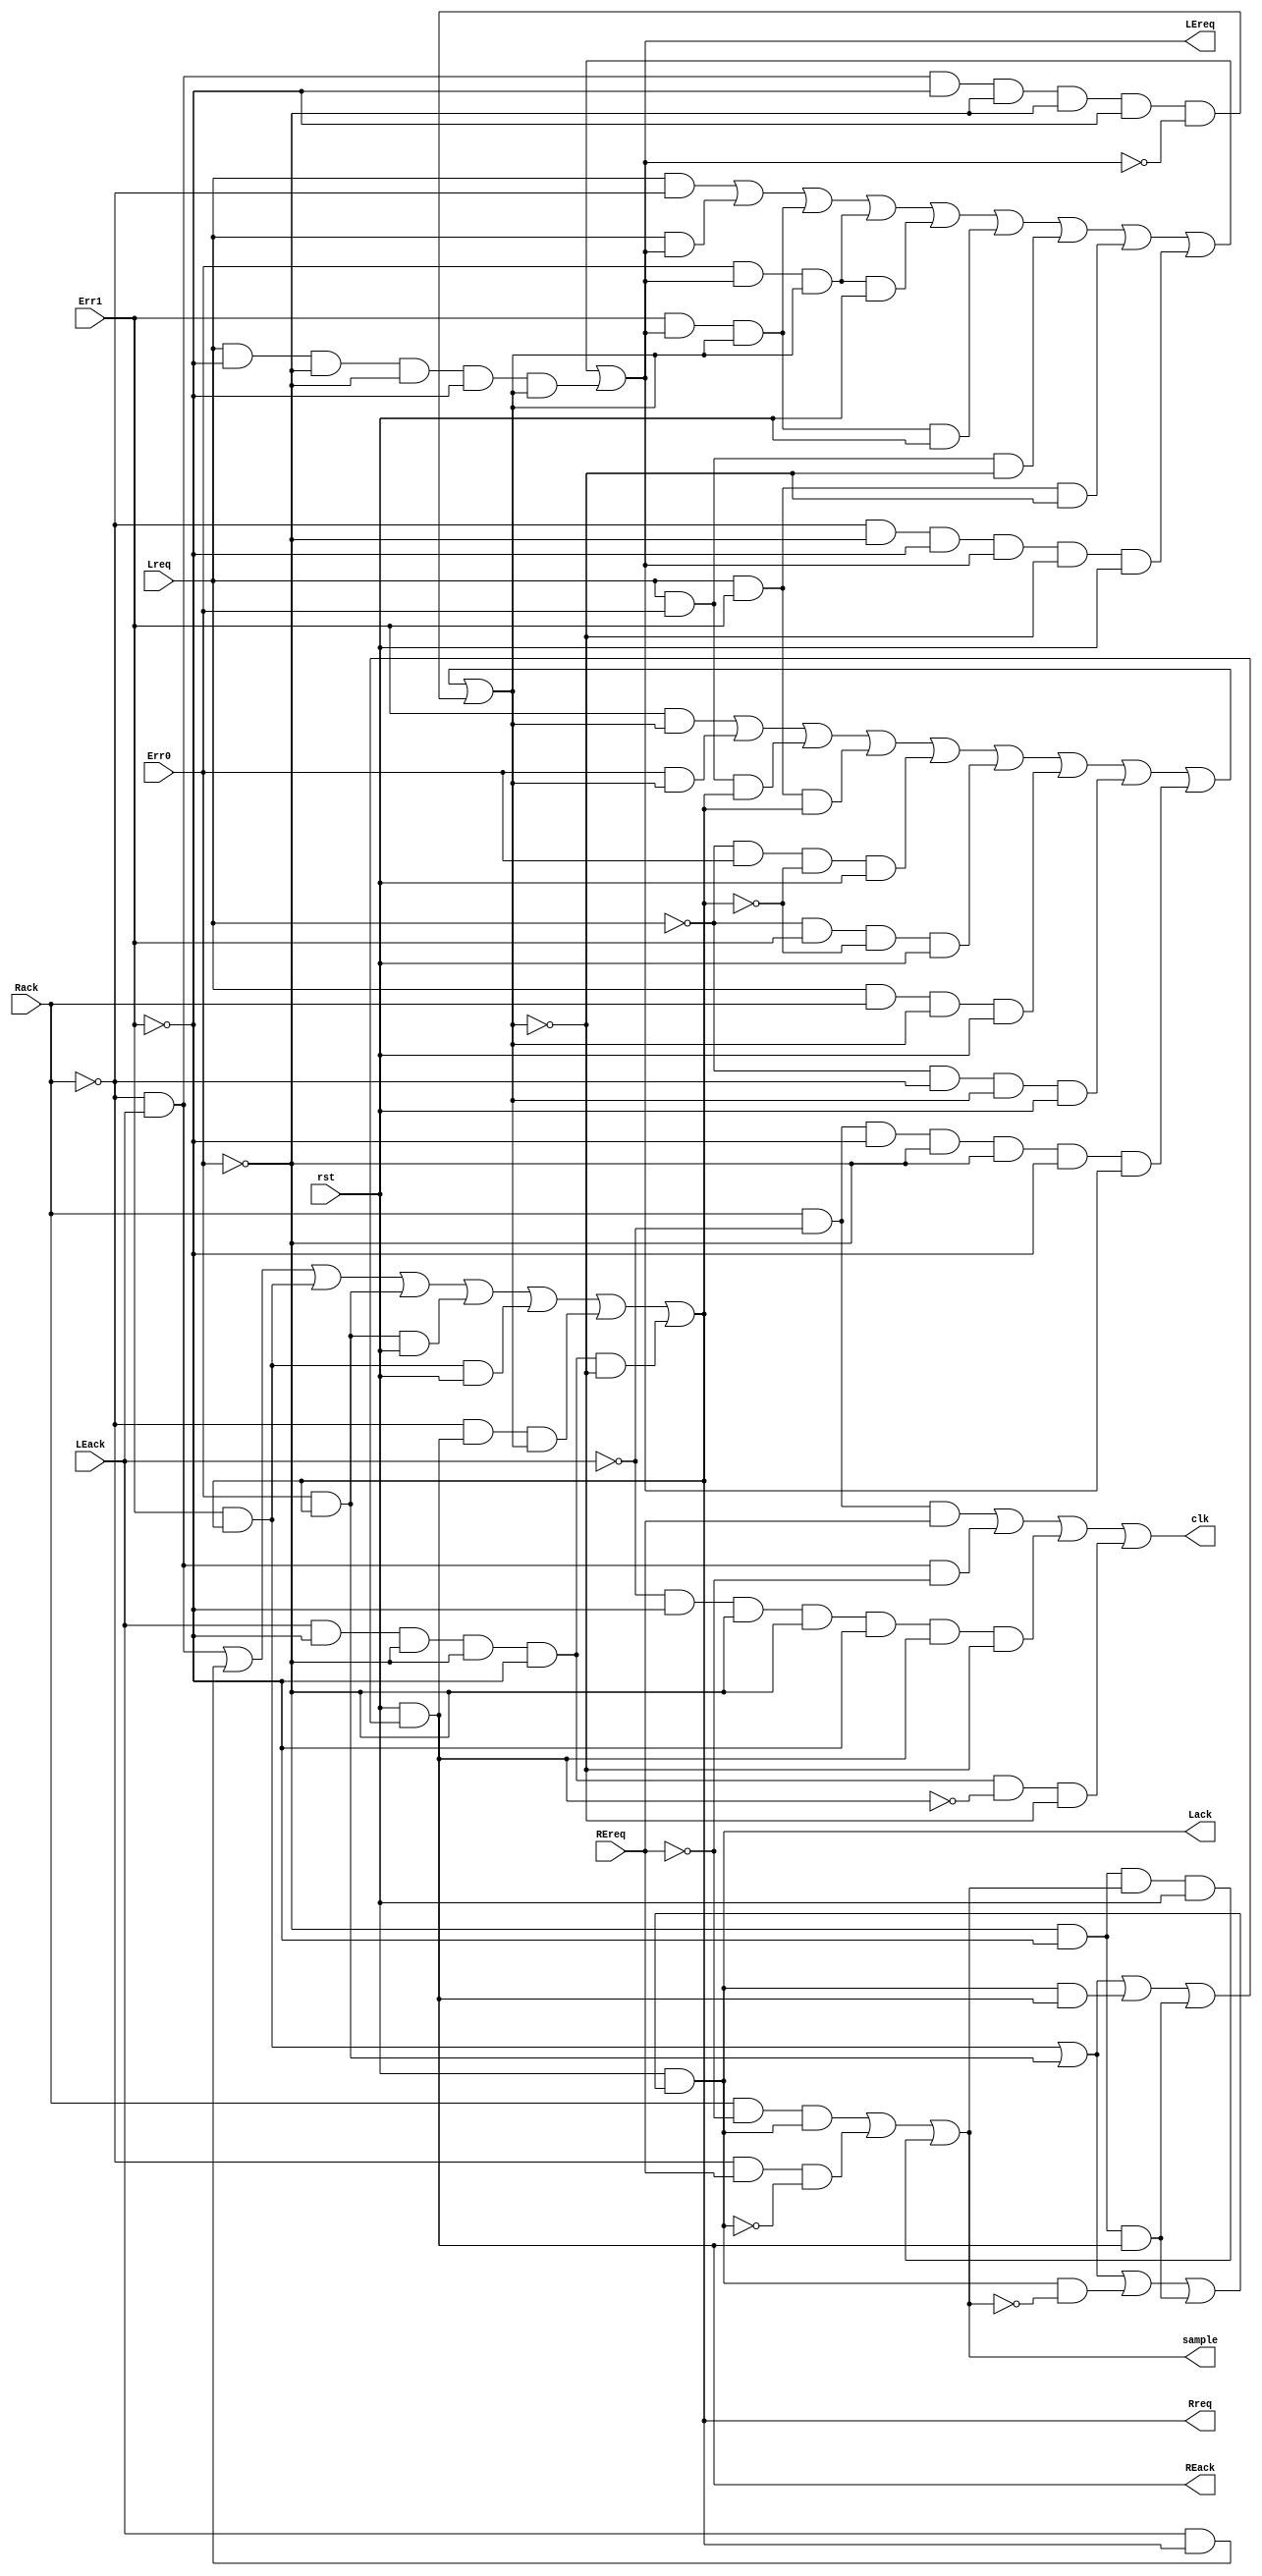
module controller(
	output Lack,
	output Rreq,
	output LEreq,
	output REack,
	output clk,
	output sample,
	input Lreq,
	input Rack,
	input LEack,
	input REreq,
	input Err1,
	input Err0,
	input rst
);


	wire a, b, z0;						
	
	assign #1 Lack = rst & (Err1 & Rreq | Err0 & Rreq | Lack & ~sample | ~Err1 & ~Err0 & REack);
	assign #1 Rreq = ~Rack & LEack | LEack & Rreq | Err1 & Rreq | Err0 & Rreq | a & Rreq & rst | b & Rreq & rst | ~Rack & REack & z0 | LEack & ~Err1 & ~Err0 & ~a & ~b & ~z0;	
	assign #1 LEreq = Lreq & ~Rack | Lreq & LEreq | Err1 & LEreq & z0 | Err0 & LEreq & z0 | a & LEreq & z0 & rst | b & LEreq & z0 & rst | Lreq & a & ~z0 | Lreq & b & ~z0 | ~Rack & ~a & ~b & LEreq & ~z0 & rst | Lreq & ~Err1 & ~Err0 & ~a & ~b & z0;
	assign #1 REack = rst & (a & Rreq | b & Rreq | Lack & REack | ~a & ~b & REack);
	assign #1 clk = Rack & ~LEack & REreq | ~Rack & LEack & ~REreq | ~LEack & ~Err1 & ~Err0 & ~a & ~b & REack & ~z0 | LEack & ~Err1 & ~Err0 & ~a & ~b & ~REack & ~z0;
	assign #1 sample = Rack & ~REreq & Lack | ~Rack & REreq & ~Lack | ~a & ~b & sample & rst;
	assign #1 z0 = Err1 & z0 | Err0 & z0 | Lreq & a & Rreq | Lreq & b & Rreq | ~Lreq & a & ~Rreq & rst | ~Lreq & b & ~Rreq & rst | Lreq & Rack & z0 & rst | ~Lreq & ~Rack & z0 & rst | Rack & ~LEack & ~Err1 & ~Err0 & ~a & ~b & LEreq | ~Rack & LEack & ~Err1 & ~Err0 & ~a & ~b & ~LEreq;
	
	assign #1 a = Err0 ;
	assign #5 b = Err1;

	/*
		Ok z0 =
		  Err1 z0 +
		  Err0 z0 +
		  Lreq a Rreq +
		  Lreq b Rreq +
		  Lreq' a Rreq' +
		  Lreq' b Rreq' +
		  Lreq Rack z0 +
		  Lreq' Rack' z0 +
		  Rack LEack' Err1' Err0' a' b' LEreq +
		  Rack' LEack Err1' Err0' a' b' LEreq'

		Ok sample =
		  Rack REreq' Lack +
		  Rack' REreq Lack' +
		  a' b' sample 

		Ok clk =
		  Rack LEack' REreq +
		  Rack' LEack REreq' +
		  LEack' Err1' Err0' a' b' REack z0' +
		  LEack Err1' Err0' a' b' REack' z0' 

		Ok REack =
		  a Rreq +
		  b Rreq +
		  Lack REack +
		  a' b' REack 

		Ok LEreq =
		  Lreq Rack' +
		  Lreq LEreq +
		  Err1 LEreq z0 +
		  Err0 LEreq z0 +
		  a LEreq z0 +
		  b LEreq z0 +
		  Lreq a z0' +
		  Lreq b z0' +
		  Rack' a' b' LEreq z0' +
		  Lreq Err1' Err0' a' b' z0 

		Ok Lack =
		  Err1 Rreq +
		  Err0 Rreq +
		  Lack sample' +
		  Err1' Err0' REack 
		
		Ok Rreq =
		  Rack' LEack +
		  LEack Rreq +
		  Err1 Rreq +
		  Err0 Rreq +
		  a Rreq +
		  b Rreq +
		  Rack' REack z0 +
		  LEack Err1' Err0' a' b' z0' 
	*/

endmodule